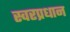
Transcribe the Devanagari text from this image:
स्वरप्रधान